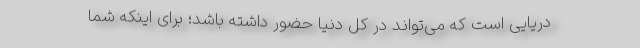
دریایی است که می‌تواند در کل دنیا حضور داشته باشد؛ برای اینکه شما